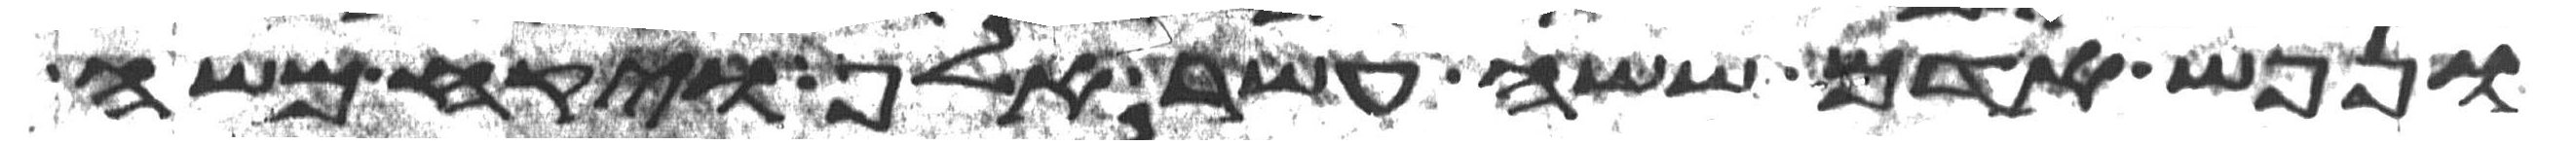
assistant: ונפש אדם ששה עשר אלף ויקח משה